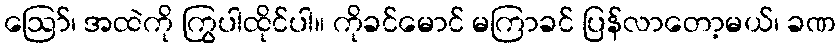
ဩော်၊ အထဲကို ကြွပါထိုင်ပါ။ ကိုခင်မောင် မကြာခင် ပြန်လာတော့မယ်၊ ခဏ